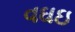
વઘઇ